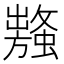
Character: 𧒥